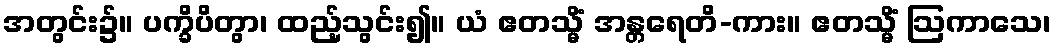
အတွင်း၌။ ပက္ခိပိတွာ၊ ထည့်သွင်း၍။ ယံ ဧတသ္မိံ အန္တရေတိ-ကား။ ဧတသ္မိံ ဩကာသေ၊